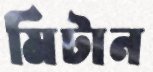
মিটান